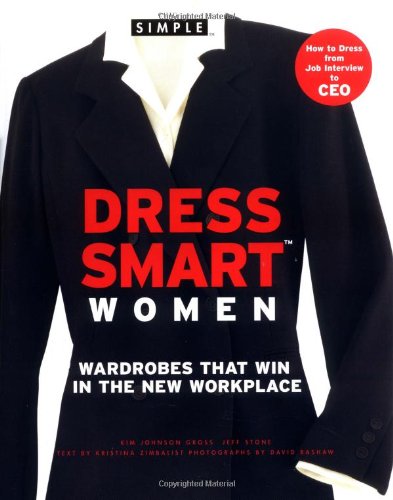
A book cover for Chic Simple Dress Smart Women: Wardrobes That Win in the New Workplace; Kim Johnson Gross; Business & Money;